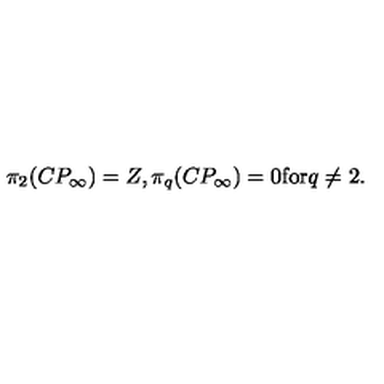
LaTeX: \pi _ { 2 } ( C P _ { \infty } ) = Z , \pi _ { q } ( C P _ { \infty } ) = 0 \mathrm { f o r } q \neq 2 .